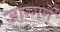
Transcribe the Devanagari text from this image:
जाग्गरों